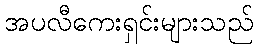
အပလီကေးရှင်းများသည်